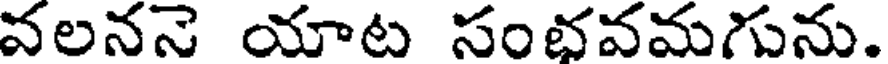
వలననె యాట సంభవమగును.